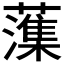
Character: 𫊋